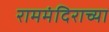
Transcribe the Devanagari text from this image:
राममंदिराच्या